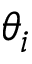
\theta _ { i }